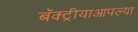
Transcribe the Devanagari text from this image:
बॅक्ट्रीयाआपल्या